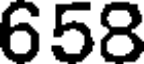
658